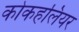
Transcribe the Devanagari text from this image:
कोकहलियर